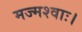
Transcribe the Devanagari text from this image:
मज्मश्वाः।